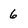
Character: 6